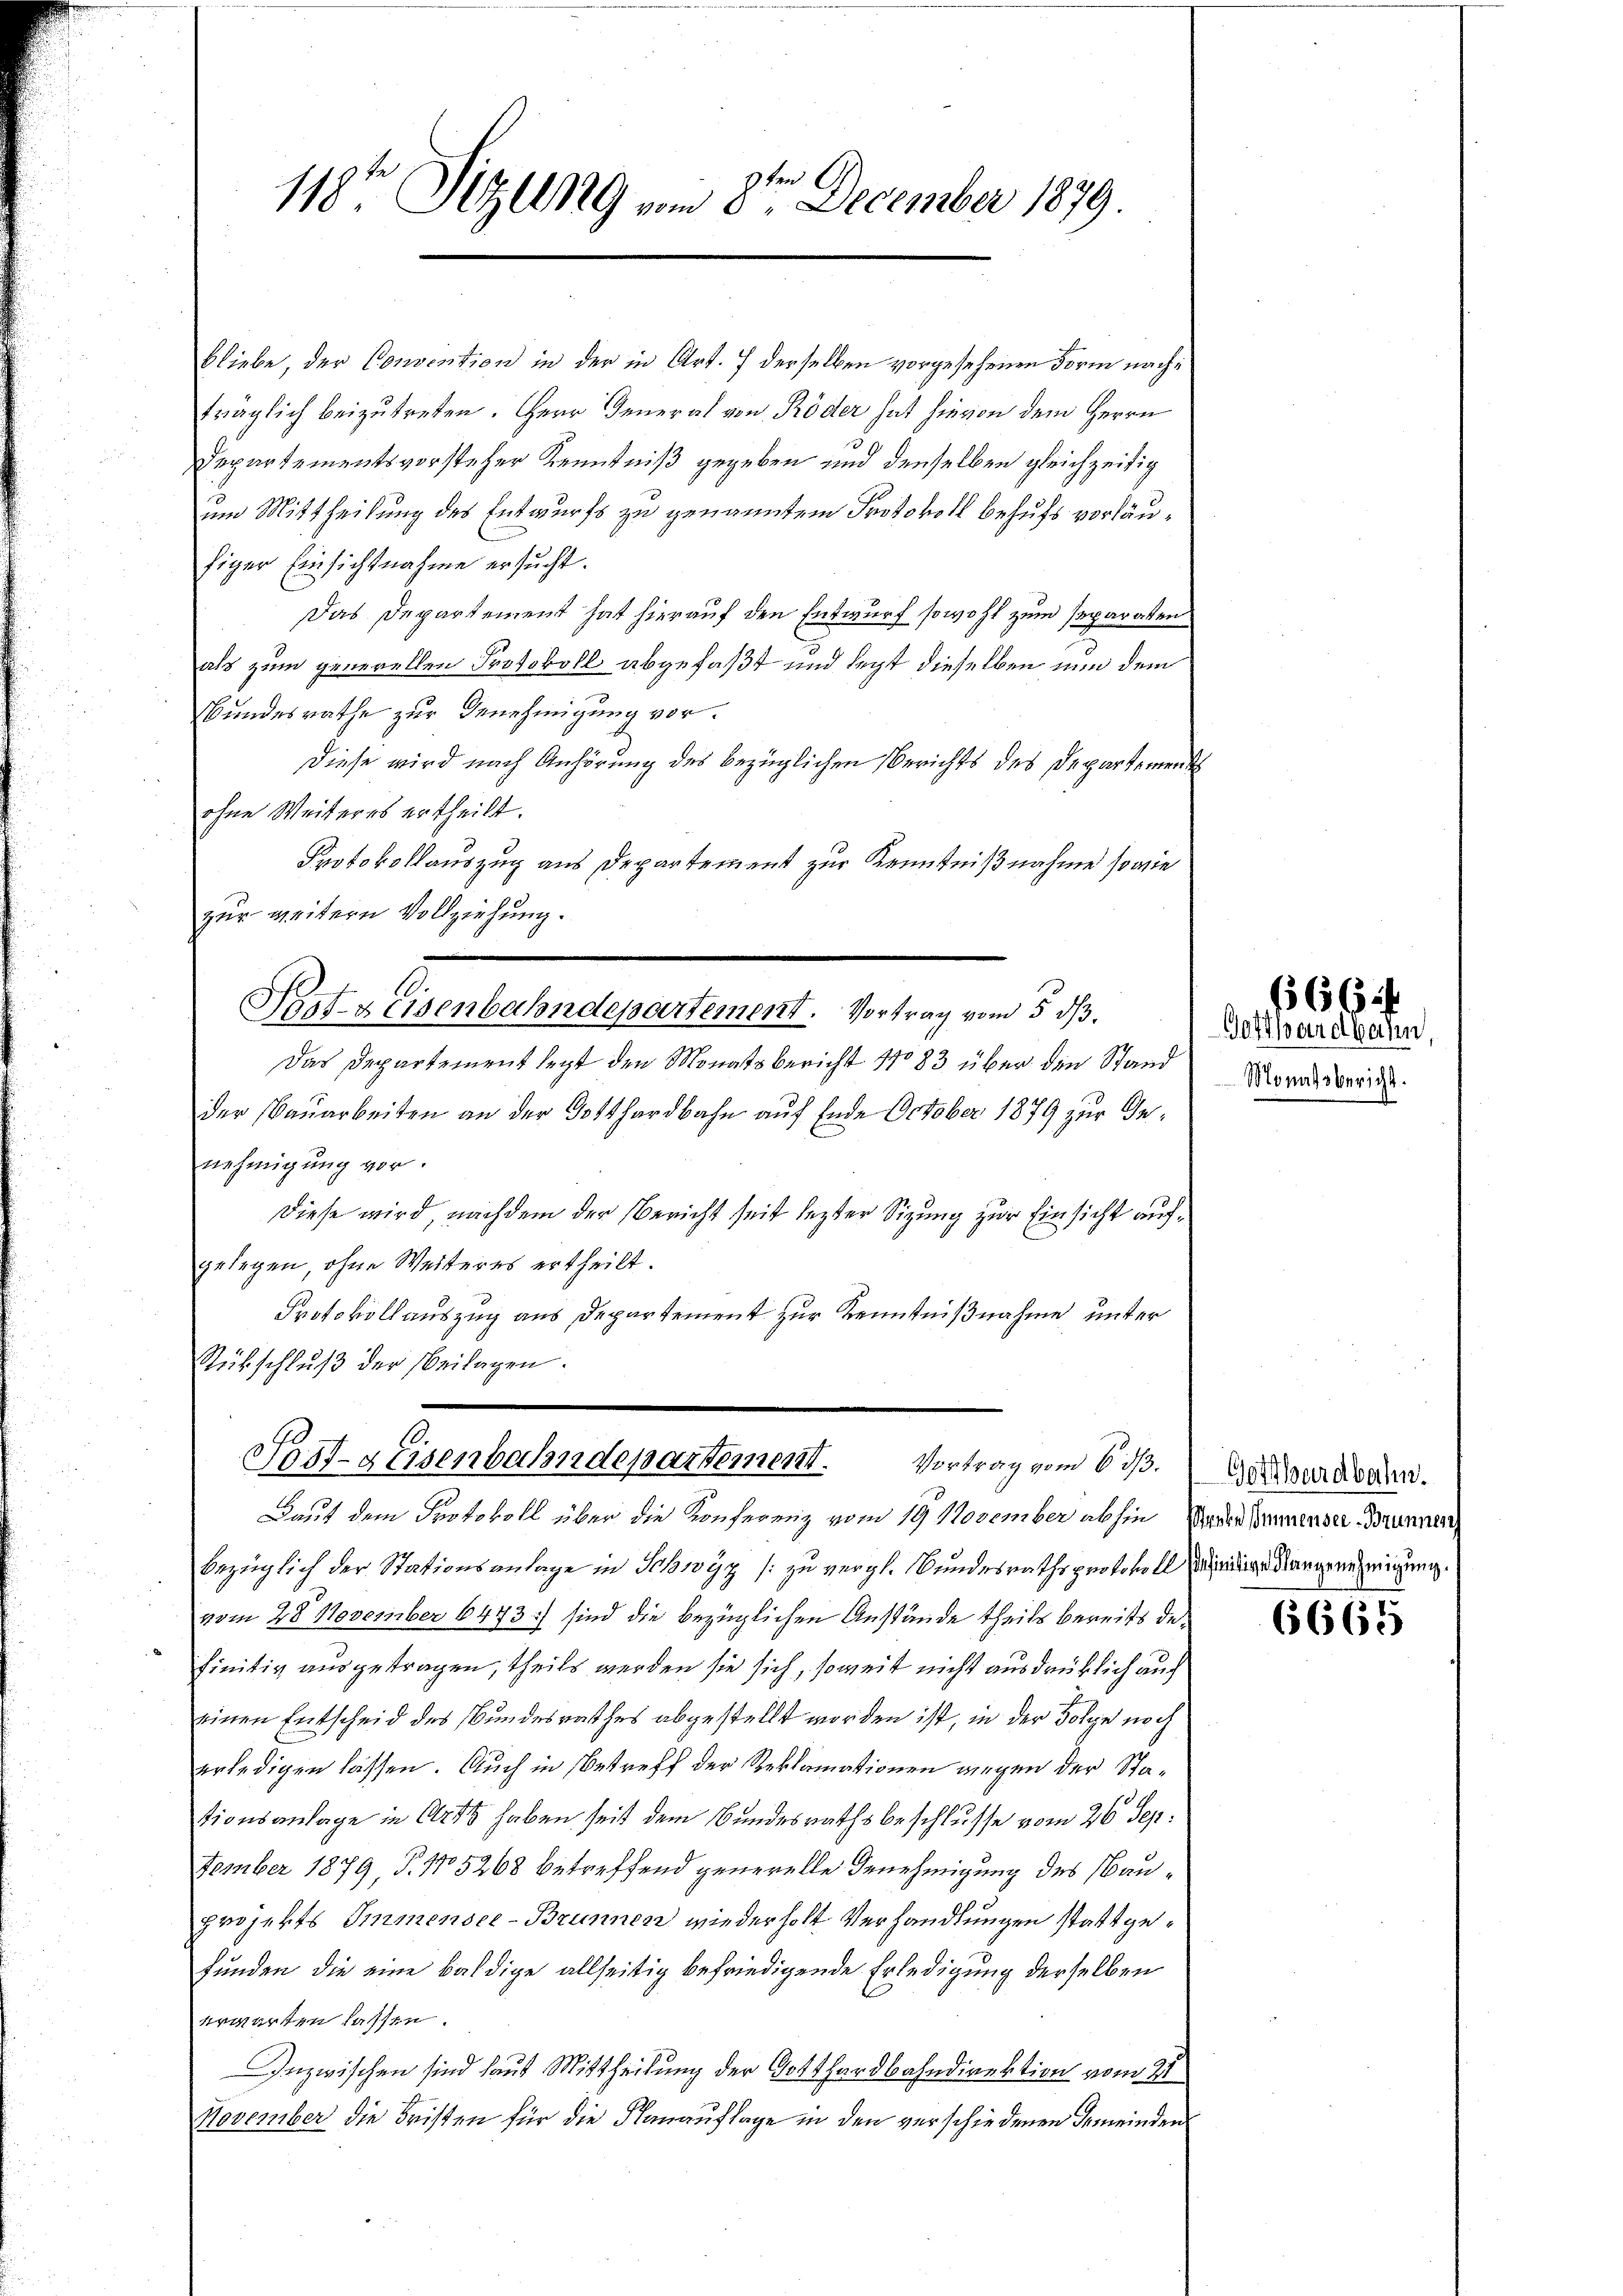
1
118te Sitzung vom 5. December 1879.

bliebe, der Convention in der in Art. 7 derselben vorgesehenen Form nachträglich beizutreten. Herr General von Röder hat hievon dem Herrn
Departementsvorsteher Kenntniß gegeben und denselben gleichzeitig
um Mittheilung des Entwurfs zu genannten Protokoll behufs vorläufiger Einsichtnahme ersucht.
Das Departement hat hierauf den Entwurf sowohl zum separaten
als zum generellen Protokoll abgefaßt und legt dieselben nun dem
Bundesrathe zur Genehmigung vor.
Diese wird nach Anhörung des bezüglichen Berichts des Departement
ohne Weiteres ertheilt.
Protokollauszug aus Departement zur Kenntnißnahme sowie
zur weitern Vollziehung.
Post-Keisenbahndepartement. Vortrag vom 5. ds.
Das Departement legt den Monatsbericht No 83 über den Stand
der Bauarbeiten an der Gotthardbahn auf Ende October 1879 zur Genehmigung vor.
Diese wird, nachdem der Bericht seit lezter Sizung zur Einsicht aufgelegen, ohne Weiteres ertheilt.
Protokollauszug aus Departement zur Kenntnißnahme unter
Rückschluß der Beilagen.
.
Post-geisenbahndepartement. Vortrag vom 6. dβ.
Baut dem Protokoll über die Konferenz vom 19. November abhin Paren Sinnenser Brunnen
bezüglich der Stationsanlage in Schwyz /: zu vergl. Bundesrathsprotokollseitige Nargenehmigung.
vom 28. November 6473) sind die bezüglichen Anstände theils bereits de
finitiv ausgetragen, theils werden sie sich, soweit nicht ausdrüklich auch
einen Entscheid des Bundesrathes abgestellt worden ist, in der Folge noch
erledigen lassen. Auch in Betreff der Reklamationen wegen der Stationsanlage in Orts haben seit dem Bundesrathsbeschlusse vom 26 Sep.
tember 1879, P. No 5268 betreffend generelle Genehmigung des Bauprojekts Immensee-Brunnen wiederholt Verhandlungen stattgefunden die eine baldige allseitig befriedigende Erledigung derselben
erwarten lassen.
Inzwischen sind laut Mittheilung der Gotthardbahndirektion vom 21
November die Fristen für die Hanauflage in den verschiedenen Gemeinden

1.

Gotthardbahn
Monatsbericht.

666

Gotthardbahn.

(665